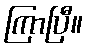
ကြာပြီ။